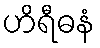
ဟိရီဓနံ